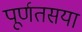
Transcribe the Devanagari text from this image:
पूर्णतसया